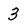
Character: 3